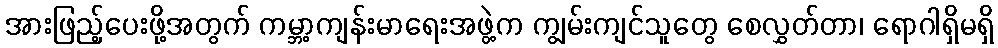
အားဖြည့်ပေးဖို့အတွက် ကမ္ဘာ့ကျန်းမာရေးအဖွဲ့က ကျွမ်းကျင်သူတွေ စေလွှတ်တာ၊ ရောဂါရှိမရှိ